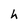
Character: h